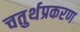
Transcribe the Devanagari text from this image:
चतुर्थप्रकरण